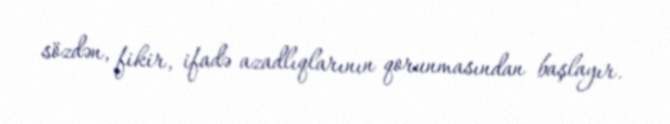
sözdən, fikir, ifadə azadlıqlarının qorunmasından başlayır.